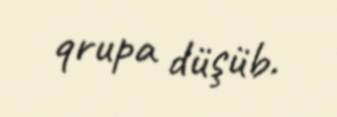
qrupa düşüb.